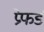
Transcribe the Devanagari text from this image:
प्रेफर्ड